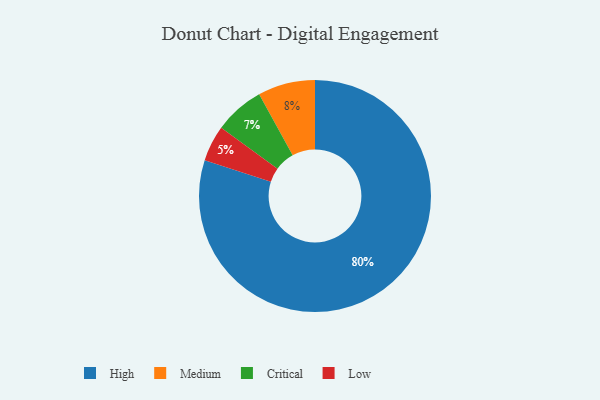
{"axis": {"x": "Category", "y": "Percentage"}, "legend": ["Critical", "High", "Low", "Medium"], "data": [{"x": "Low", "y": 5, "type": "Low"}, {"x": "High", "y": 80, "type": "High"}, {"x": "Medium", "y": 8, "type": "Medium"}, {"x": "Critical", "y": 7, "type": "Critical"}]}